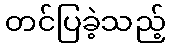
တင်ပြခဲ့သည့်